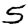
Digit: 5